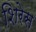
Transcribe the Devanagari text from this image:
शिरेस